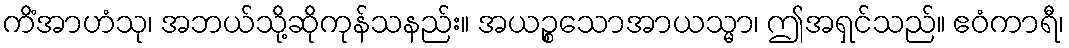
ကိံအာဟံသု၊ အဘယ်သို့ဆိုကုန်သနည်း။ အယဉ္စသောအာယသ္မာ၊ ဤအရှင်သည်။ ဧဝံကာရီ၊